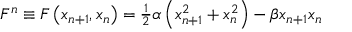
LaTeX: F ^ { n } \equiv F \left( x _ { n + 1 } , x _ { n } \right) = \frac { _ 1 } { ^ 2 } \alpha \left( x _ { n + 1 } ^ { 2 } + x _ { n } ^ { 2 } \right) - \beta x _ { n + 1 } x _ { n }